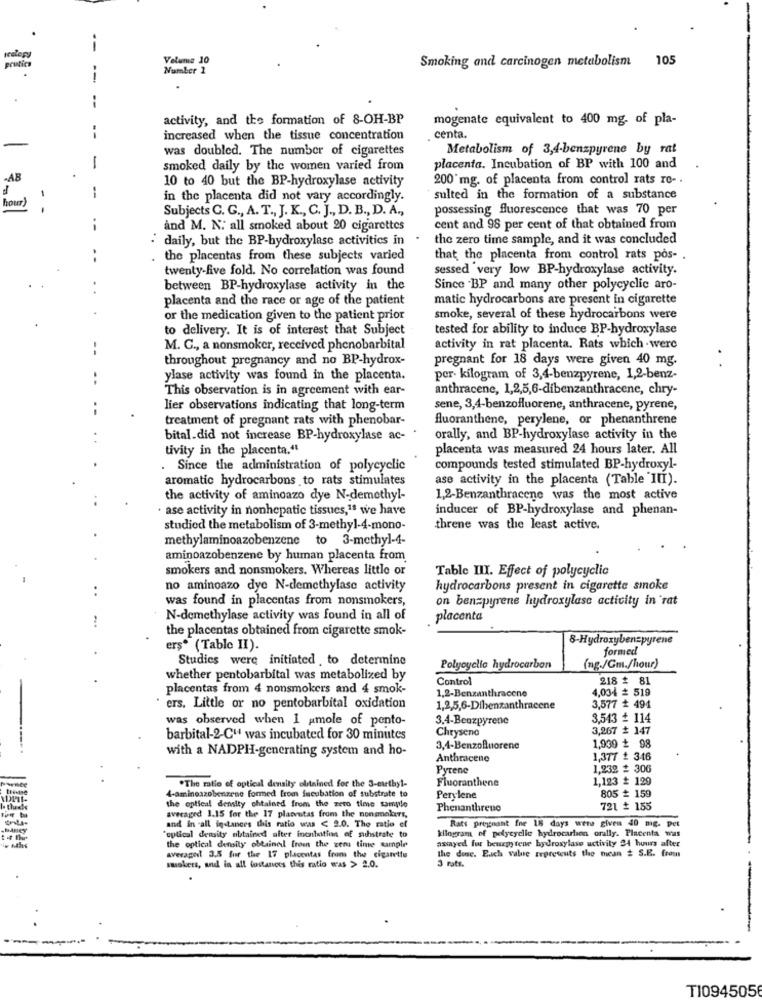
i
Volume 10
105
prustica
Number 1
Smoking and carcinogen metabolism
--
--
activity, and the formation of 8-OH-BP
mogenate equivalent to 400 mg- of pla-
increased when the tissue concentration
centa.
-
was doubled. The number of cigarettes
Metabolism of 3,4-benzpyrene by rat
1
smoked daily by the women varied from
placenta. Incubation of BP with 100 and
-AB
10 to 40 but the BP-hydroxylase activity
200 mg. of placenta from control rats ro -.
--
hour
in the placenta did not vary accordingly.
sulted in the formation of a substance
Subjects C. G ., A. T ., J. K ., C. J ., D. B ., D. A .,
possessing fluorescence that was 70 per
--
and M. N. all smoked about 20 cigarettes
cent and 98 per cent of that obtained from
daily, but the BP-hydroxylase activities in
the zero time sample, and it was concluded
the placentas from these subjects varied
that the placenta from control rats pos- .
twenty-five fold. No correlation was found
sessed very low BP-hydroxylase activity.
.
.
between BP-hydroxylase activity in the
Since BP and many other polycyclic aro-
placenta and the race or age of the patient
matic hydrocarbons are present in cigarette
or the medication given to the patient prior
smoke, several of these hydrocarbons were
to delivery. It is of interest that Subject
tested for ability to induce BP-hydroxylase
M. C ., a nonsmoker, received phenobarbital
activity in rat placenta. Rats which were
throughout pregnancy and no BP-hydrox-
pregnant for 18 days were given 40 mg.
ylase activity was found in the placenta.
per- kilogram of 3,4-benzpyrene, 1,2-benz-
This observation is in agreement with ear-
anthracene, 1,2,5,6-dibenzanthracene, chry-
lier observations indicating that long-term
sene, 3,4-benzofluorene, anthracene, pyrene,
treatment of pregnant rats with phenobar-
fluoranthene, perylene, or phenanthrene
bital.did not increase BP-hydroxylase ac-
orally, and BP-hydroxylase activity in the
tivity in the placenta."
placenta was measured 24 hours later. All
. Since the administration of polycyclic
compounds tested stimulated BP-hydroxyl-
aromatic hydrocarbons to rats stimulates
ase activity in the placenta (Table "III).
the activity of aminoazo dye N-demethyl-
1,2-Benzanthracene was the most active
ase activity in nonhepatic tissues,1ª we have
inducer of BP-hydroxylase and phenan-
studied the metabolism of 3-methyl-4-mono-
threne was the least active.
methylaminoazobenzene to 3-methyl-4-
aminoazobenzene by human placenta from
smokers and nonsmokers. Whereas little or
Table IIX. Effect of polycyclic
..
no aminoazo dye N-demethylase activity
hydrocarbons present in cigarette smoke
was found in placentas from nonsmokers,
on benzpyrene hydroxylase activity in rat
N-demethylase activity was found in all of
placenta
the placentas obtained from cigarette smok-
8-Hydroxybenzpyrene
erş* (Table II).
formed
Studies were initiated , to determine
Polycyclic hydrocarbon
(ng./Gm./hour)
whether pentobarbital was metabolized by
Control
218 # 81
placentas from 4 nonsmokers and 4 smok-
1.2-Benzanthracene
4,034 ≥ 519
ers. Little or no pentobarbital oxidation
1,2,5,6-Dibenzanthracene
3,577 + 494
was observed when 1 amole of ponto-
3.4-Benzpyrene
3,543 + 114
Chrysene
3,267 # 147
barbital-2-CH was incubated for 30 minutes
with a NADPH-generating system and ho-
3,4-Benzofluorene
1,939 ₺ 98
Anthracene
1,377 + 346
Pyrene
1,232 £ 306
Fluoranthene
1,123 £ 129
.The ratio of optical density olstained for the 3-evetbyl-
805 # 159
4-aminoazobenzene formed from incubation of substrate to
Perylene
the optical density chtained from the zero time sample
Phenanthreue
721 # 155
avecaged 1.15 for the 17 placentas from the nonsmokers,
MARCY
and in -all instances this ratio was < 2.0. The ratio ef
Rats pregnant fre 15 days were given 40 mg. pet
optical density obtained after inenletinn of suhstrate to
kilogram of polycyclic hydrocarbon orally. Placenta was
asayed fur beuzpy tene hydroxylase activity 24 hours after
the optical density obtained from the zems time cumple
the doc. Euch value Erpresents the mean # S.E. from
averaged 3.5 for the 17 placentas from the cigantio
3 ratt.
smokers, and in all tostances this ratio was > 2.0.
T10945056